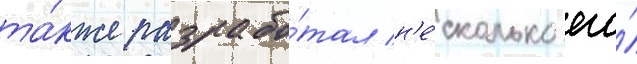
та́кже разрабо́тал н'е́сколько его́